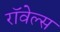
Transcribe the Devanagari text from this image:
रॉवेल्स